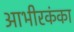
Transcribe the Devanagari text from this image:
आभीरकंका